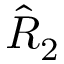
\hat { R } _ { 2 }